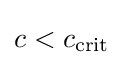
c<c_{\operatorname {crit} }